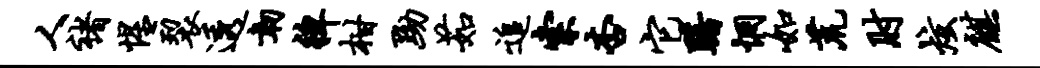
人褚惺裂透韧裨柑黝茹追索杏它躇惘如荒肘炫麒